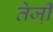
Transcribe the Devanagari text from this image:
तेजी़